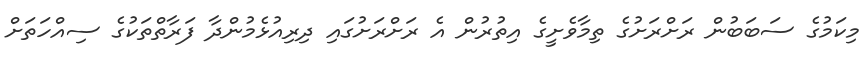
މިކަމުގެ ސަބަބުން ރަށްރަށުގެ ތިމާވެށީގެ އިތުރުން އެ ރަށްރަށުގައި ދިރިއުޅެމުންދާ ފަރާތްތަކުގެ ސިއްހަތަށް